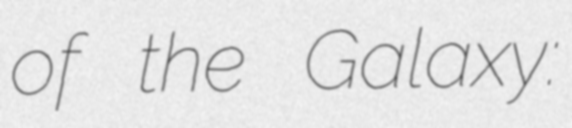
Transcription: of the Galaxy: